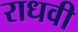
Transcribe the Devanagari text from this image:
राधवी